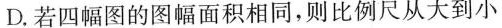
D.若四幅图的图幅面积相同，则比例尺从大到小